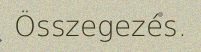
Összegezés.